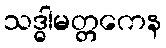
သဒ္ဓါမတ္တကေန